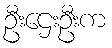
ဦးဌေးဦးက